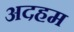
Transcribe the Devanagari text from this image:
अदहम